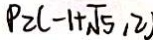
P _ { 2 } ( - 1 + \sqrt { 5 } , 2 )